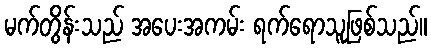
မက်တွိန်းသည် အပေးအကမ်း ရက်ရောသူဖြစ်သည်။